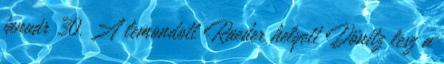
január 30. A lemondott Raeder helyett Dönitz lesz a